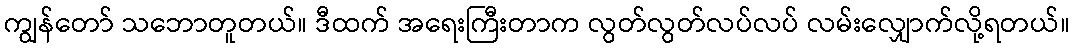
ကျွန်တော် သဘောတူတယ်။ ဒီထက် အရေးကြီးတာက လွတ်လွတ်လပ်လပ် လမ်းလျှောက်လို့ရတယ်။